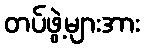
တပ်ဖွဲ့များအား